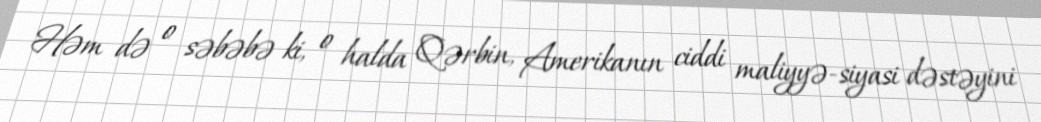
Həm də o səbəbə ki, o halda Qərbin, Amerikanın ciddi maliyyə-siyasi dəstəyini